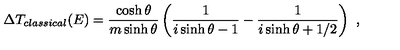
\Delta T _ { c l a s s i c a l } ( E ) = \frac { \cosh \theta } { m \sinh \theta } \left( \frac { 1 } { i \sinh \theta - 1 } - \frac { 1 } { i \sinh \theta + 1 / 2 } \right) \ ,